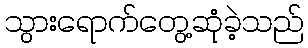
သွားရောက်တွေ့ဆုံခဲ့သည်